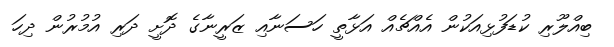
ބިއްލޫރި ކުޑަފުޅިއަކުން އެއްޗެއް އަޅާތީ ހަސަނާއި ޒަރީނާގެ ދޮށީ ދަރި އުމުރުން ދިހަ